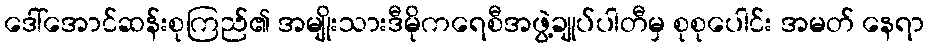
ဒေါ်အောင်ဆန်းစုကြည်၏ အမျိုးသားဒီမိုကရေစီအဖွဲ့ချုပ်ပါတီမှ စုစုပေါင်း အမတ် နေရာ